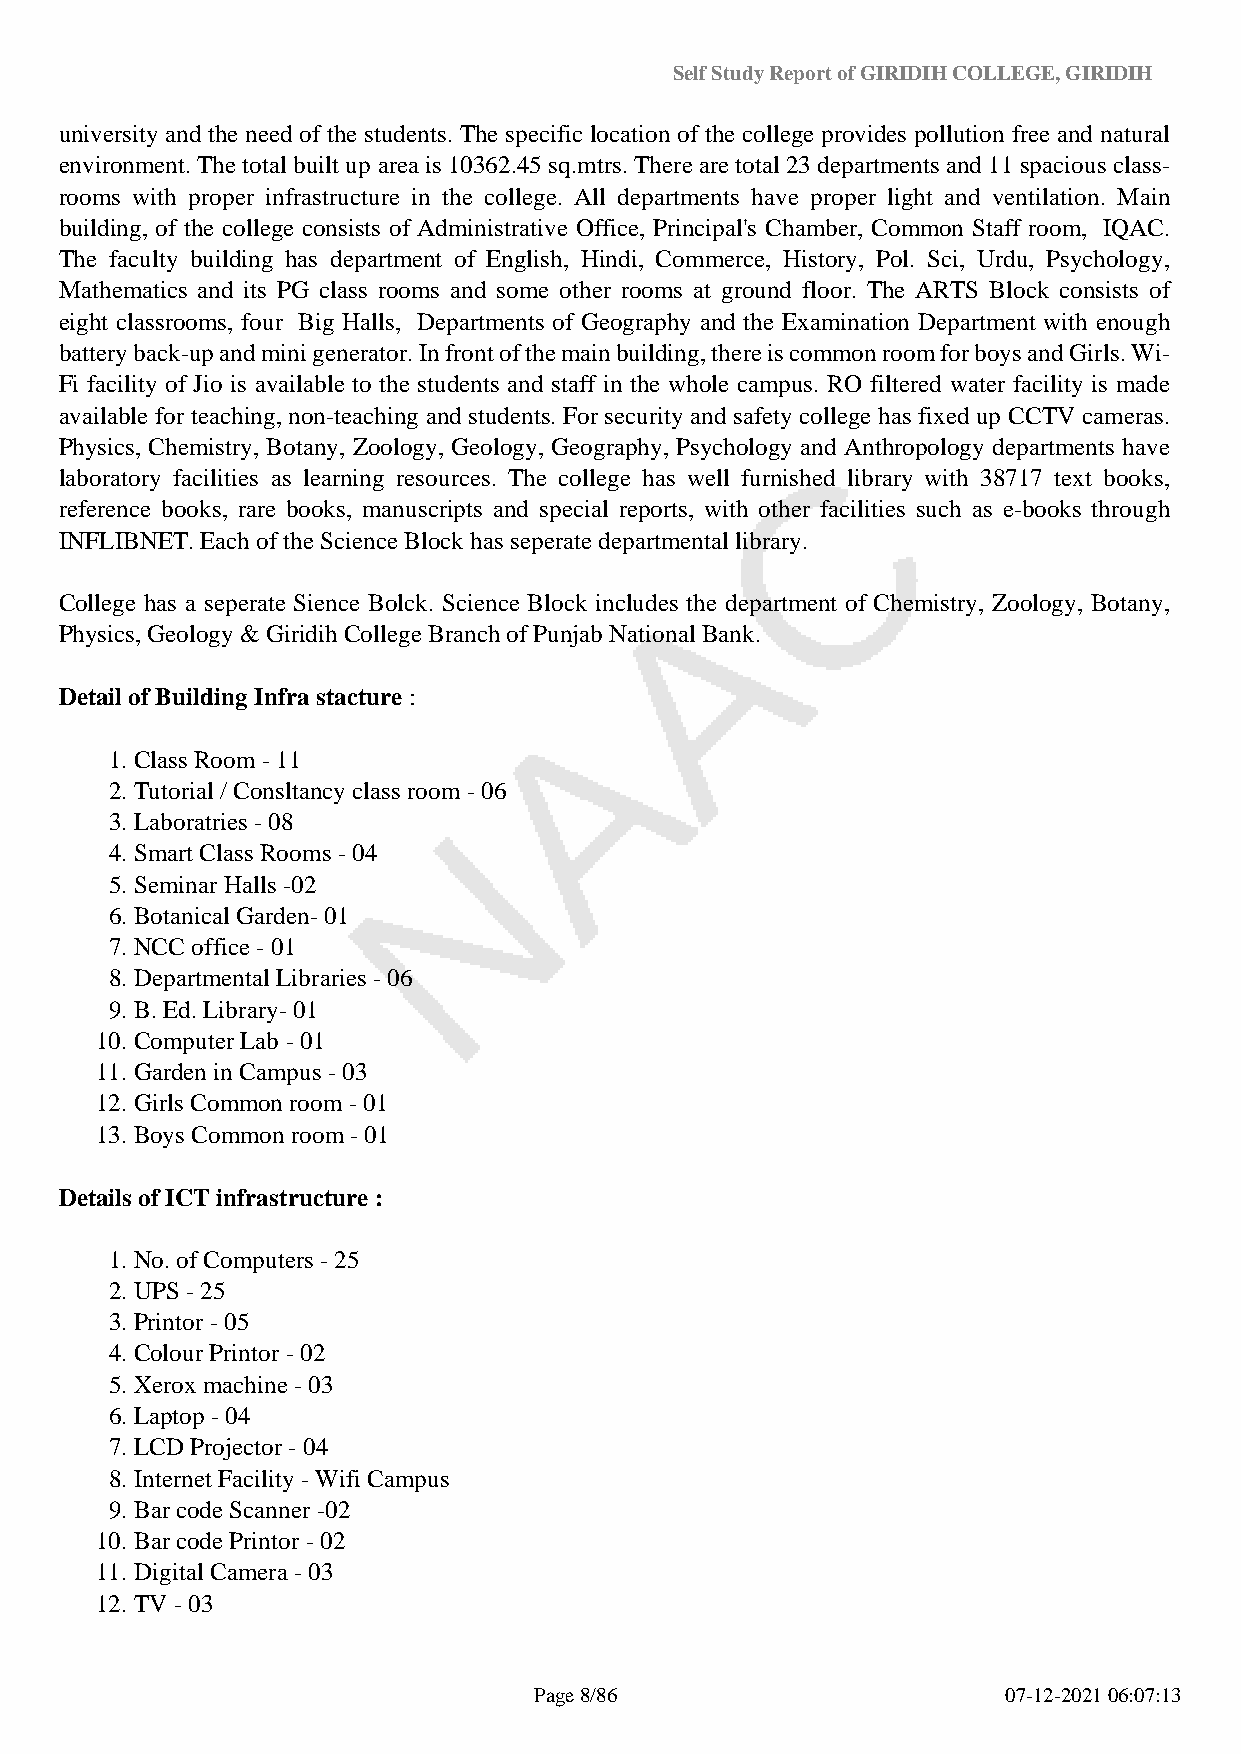
Self Study Report of GIRIDIH COLLEGE, GIRIDIH
 university and the need of the students. The specific location of the college provides pollution free and natural
 environment. The total built up area is 10362.45 sq.mtrs. There are total 23 departments and 11 spacious class-
 rooms with proper infrastructure in the college. All departments have proper light and ventilation. Main
 building, of the college consists of Administrative Office, Principal's Chamber, Common Staff room, IQAC.
 The faculty building has department of English, Hindi, Commerce, History, Pol. Sci, Urdu, Psychology,
 Mathematics and its PG class rooms and some other rooms at ground floor. The ARTS Block consists of
 eight classrooms, four Big Halls, Departments of Geography and the Examination Department with enough
 battery back-up and mini generator. In front of the main building, there is common room for boys and Girls. Wi-
 Fi facility of Jio is available to the students and staff in the whole campus. RO filtered water facility is made
 available for teaching, non-teaching and students. For security and safety college has fixed up CCTV cameras.
 Physics, Chemistry, Botany, Zoology, Geology, Geography, Psychology and Anthropology departments have
 laboratory facilities as learning resources. The college has well furnished library with 38717 text books,
 reference books, rare books, manuscripts and special reports, with other facilities such as e-books through
 INFLIBNET. Each of the Science Block has seperate departmental library.
 College has a seperate Sience Bolck. Science Block includes the department of Chemistry, Zoology, Botany,
 Physics, Geology & Giridih College Branch of Punjab National Bank.
 Detail of Building Infra stacture :
 1. Class Room - 11
 2. Tutorial / Consltancy class room - 06
 3. Laboratries - 08
 4. Smart Class Rooms - 04
 5. Seminar Halls -02
 6. Botanical Garden- 01
 7. NCC office - 01
 8. Departmental Libraries - 06
 9. B. Ed. Library- 01
 10. Computer Lab - 01
 11. Garden in Campus - 03
 12. Girls Common room - 01
 13. Boys Common room - 01
 Details of ICT infrastructure :
 1. No. of Computers - 25
 2. UPS - 25
 3. Printor - 05
 4. Colour Printor - 02
 5. Xerox machine - 03
 6. Laptop - 04
 7. LCD Projector - 04
 8. Internet Facility - Wifi Campus
 9. Bar code Scanner -02
 10. Bar code Printor - 02
 11. Digital Camera - 03
 12. TV - 03
 Page 8/86                       07-12-2021 06:07:13